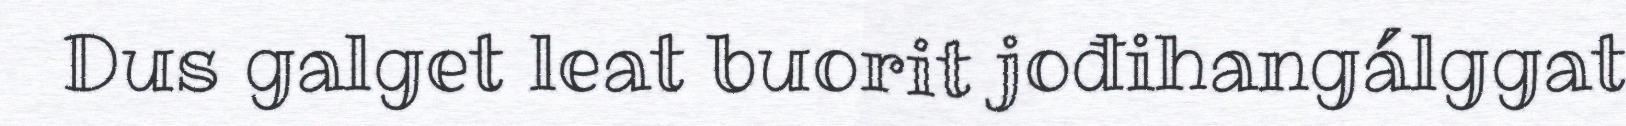
Dus galget leat buorit jođihangálggat